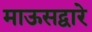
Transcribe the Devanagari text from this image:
माऊसद्वारे